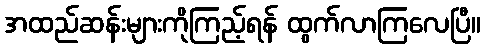
အထည်ဆန်းများကိုကြည့်ရန် ထွက်လာကြလေပြီ။